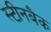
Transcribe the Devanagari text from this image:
स्टीनबैक